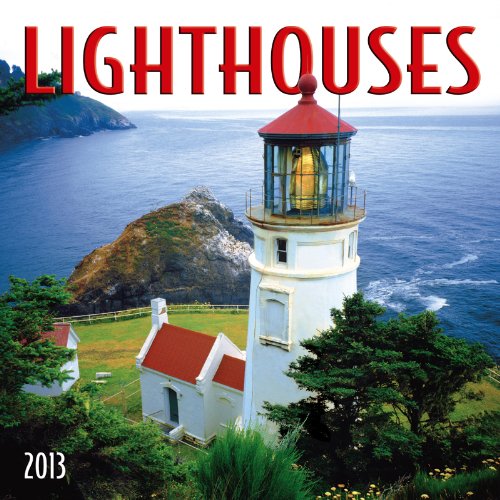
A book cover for Lighthouses 2013 Calendar; Zebra Publishing Corp.; Calendars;